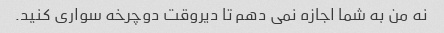
نه من به شما اجازه نمی دهم تا دیروقت دوچرخه سواری کنید.